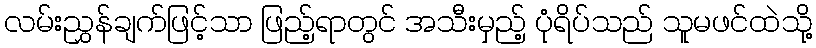
လမ်းညွှန်ချက်ဖြင့်သာ ဖြည့်ရာတွင် အသီးမှည့် ပုံရိပ်သည် သူမဖင်ထဲသို့